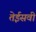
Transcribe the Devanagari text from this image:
तेईसवी